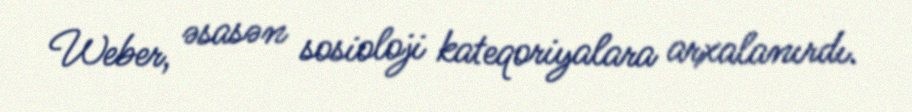
Weber, əsasən sosioloji kateqoriyalara arxalanırdı.